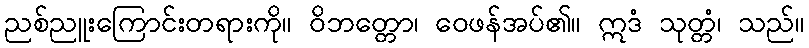
ညစ်ညူးကြောင်းတရားကို။ ဝိဘတ္တော၊ ဝေဖန်အပ်၏။ ဣဒံ သုတ္တံ၊ သည်။